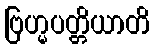
ဗြဟ္မပတ္တိယာတိ